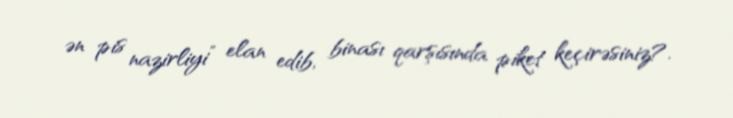
ən pis nazirliyi” elan edib, binası qarşısında piket keçirəsiniz?.